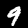
Digit: 9